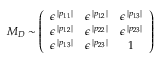
{ \cal M } _ { D } \sim \left( \begin{array} { c c c } { { \epsilon ^ { \: | p _ { 1 1 } | } } } & { { \epsilon ^ { \: | p _ { 1 2 } | } } } & { { \epsilon ^ { \: | p _ { 1 3 } | } } } \\ { { \epsilon ^ { \: | p _ { 1 2 } | } } } & { { \epsilon ^ { \: | p _ { 2 2 } | } } } & { { \epsilon ^ { \: | p _ { 2 3 } | } } } \\ { { \epsilon ^ { \: | p _ { 1 3 } | } } } & { { \epsilon ^ { \: | p _ { 2 3 } | } } } & { { 1 } } \end{array} \right)